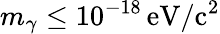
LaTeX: m_{\gamma}\leq 10^{-18}\, \mathrm{eV/c^{2}}